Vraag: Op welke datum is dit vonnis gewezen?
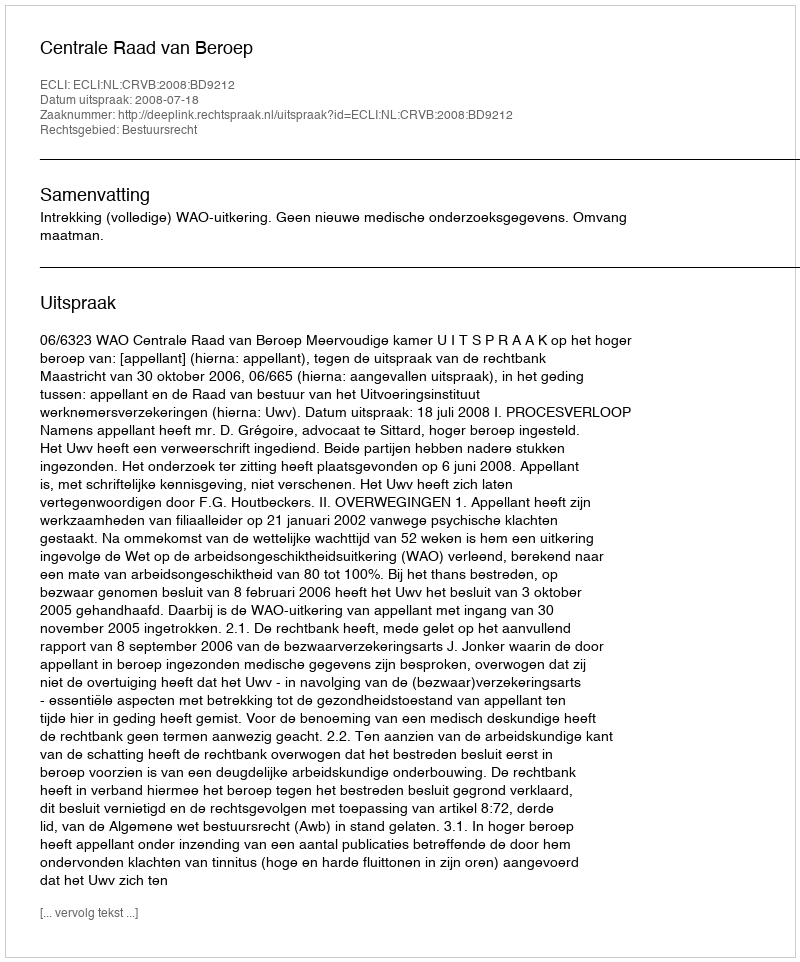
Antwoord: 2008-07-18